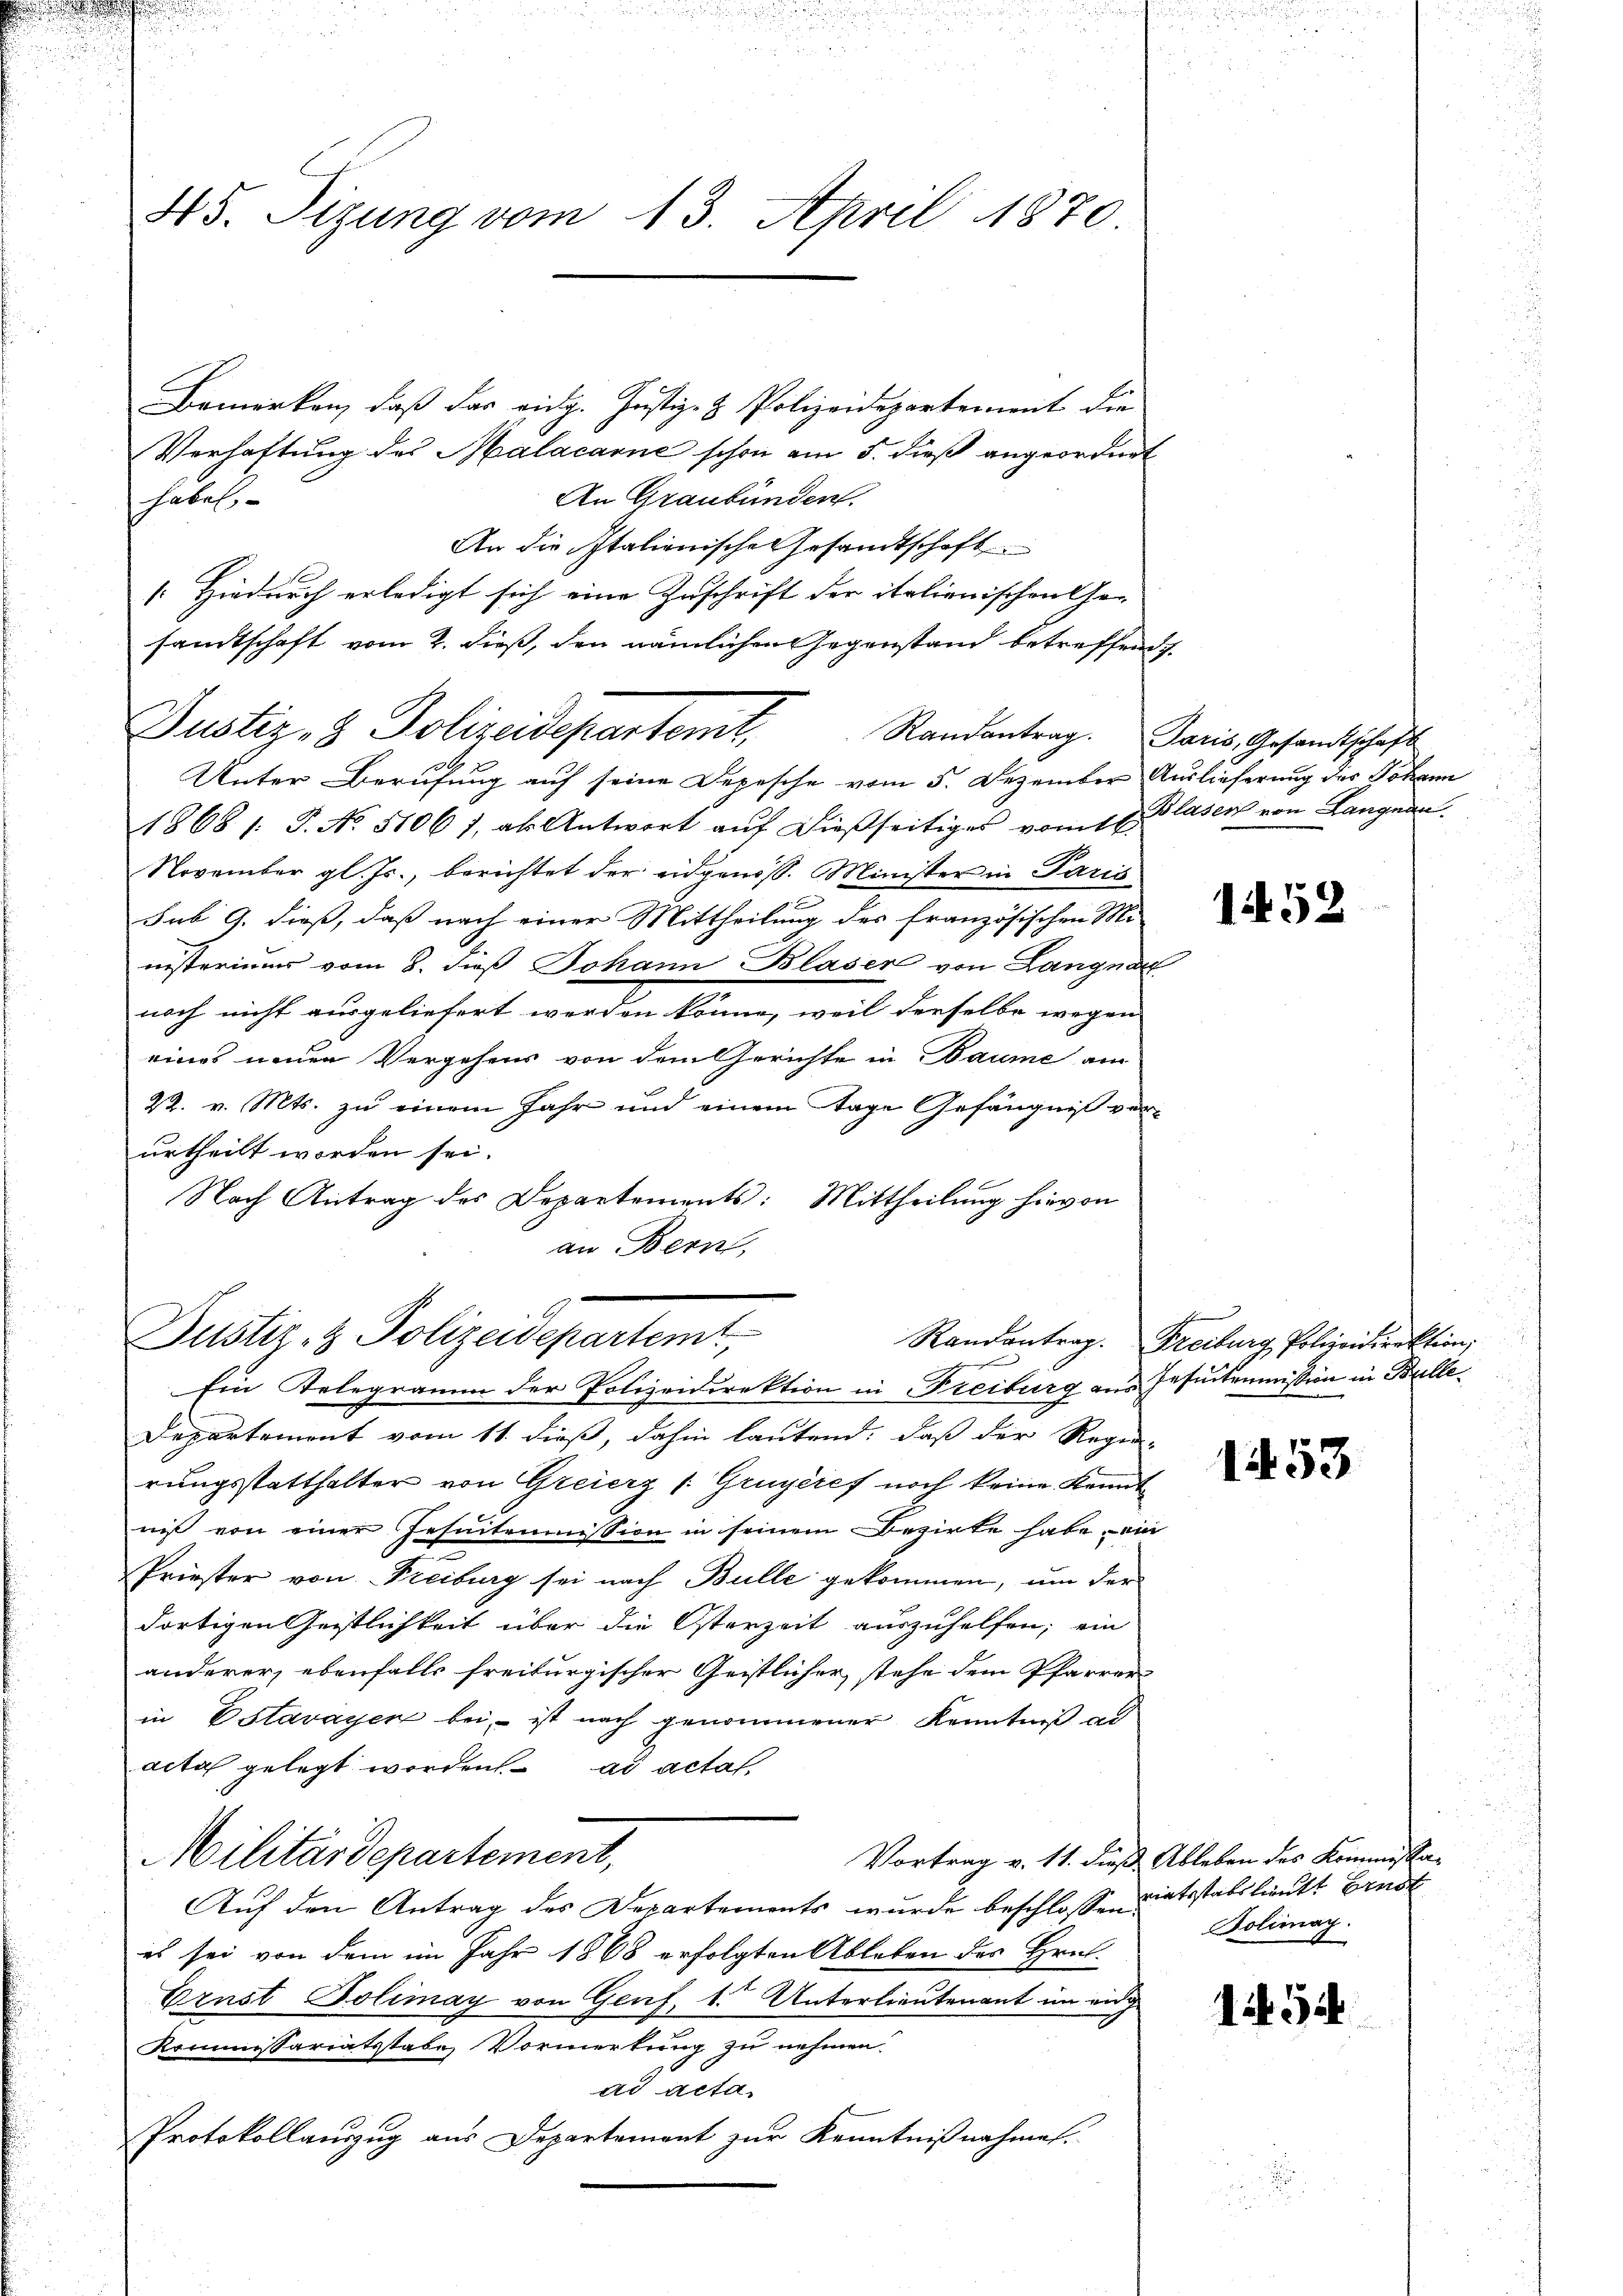
d

45. Sizung vom 13. April 1870

Bemerken, daß das eidg. Justiz- & Polizeidepartement die
Verhaftung des Malacarne schon am 5. dieß angeordnet
An Graubünden.
habel
An die Italienische Gesandtschaft
[Hiedurch erledigt sich eine Zuschrift der italienischen Ge-
sandtschaft vom 2. dieß, den nämlichen Gegenstand betreffend
Unter Berufung auf seine Depesche vom 5. Dezember Auslieferung des Johann
1868 1. J. No. 51061, als Antwort aŭf dießseitiges vom 1 l. Blasers von Langnau.
November gl. Js., berichtet der eidgenöss. Minister in Paris
sub 9. dieß, daß nach einer Mittheilung des französischen Mi
nisteriums vom 8. dieß Johann Blaser von Langna
noch nicht ausgeliefert werden könne, weil derselbe wegen
eines neuen Vergehens von dem Gerichte in Baume am
22. v. Mts. zu einem Jahr und einem Tage Gefängniß ver-
urtheilt worden sei.
Nach Antrag des Departements: Mittheilung hievon
an Bern,

Justiz- & Polizeidepartemt,

Justiz- & Polizeidepartem
Ein Telegramm der Polizeidirektion in Freiburg aus Jesukommißion in Bulle¬

Departement vom 11. dieß, dahin lautend, daß der Regie-
rungsstatthalter von Greierz /: Gruyèref noch keine Kennt
niß von einer Jesuitemmission in seinem Bezirke habe ein
Priester von Freiburg sei nach Bulle gekommen, um der
dortigen Geistlichkeit über die Osterzeit auszuhelfen; ein
anderer, ebenfalls freiburgischer Geistlicher stehe dem Pfarrer-
in Estavayer bei, - ist nach genommener Kenntniß al
acta gelegt worden ad actat,
Militärdepartement,
Vortrag v. 11. dieß Ableben des Kommissa-
Auf den Antrag des Departements wurde beschlossen:
es sei von dem im Jahr 1868 erfolgten Ableben des Hrn.
Ernst Dolimay von Genf, 1. Unterlieutenant im eidge
Kommissariatsstabe Vormerkung zu nehmen.
ad Acta.
Protokollauszug aus Departement zur Kenntnißnahme.

Randantrag. Paris, Gesandtschaft

1452

Randantrag. Freiburg Polizeidirektion,

1453

riatsstabslieutt Erndt
Bolimag.

N 5